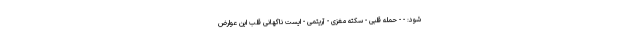
شود: - - حمله قلبی - سکته مغزی - آریتمی - ایست ناگهانی قلب این عوارض